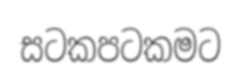
සටකපටකමට